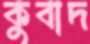
কুবাদ